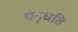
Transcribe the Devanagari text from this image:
चेद्धति